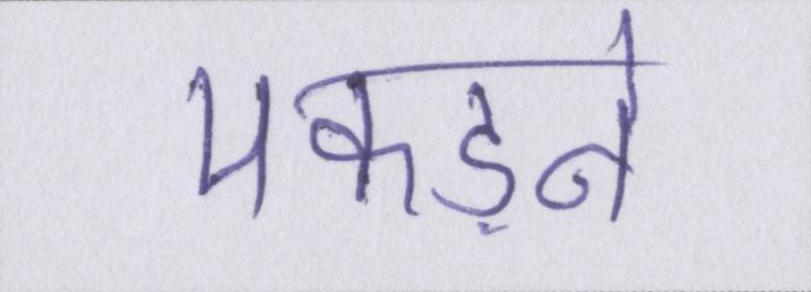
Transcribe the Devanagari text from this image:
पकड़ने